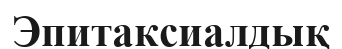
Эпитаксиалдық